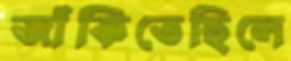
জাঁকিতেছিলে